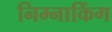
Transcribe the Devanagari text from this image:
निम्नाकिंग